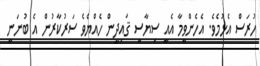
ހުރަސް އެޅުމެވެ. އެހެންވީމާ އެއީ ސިޔާސީ ޤައިދީން ހެއްޔެވެ ސަރުކާރުން އެ ބުނަނީ